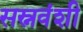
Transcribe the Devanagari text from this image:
सस्नवंशी